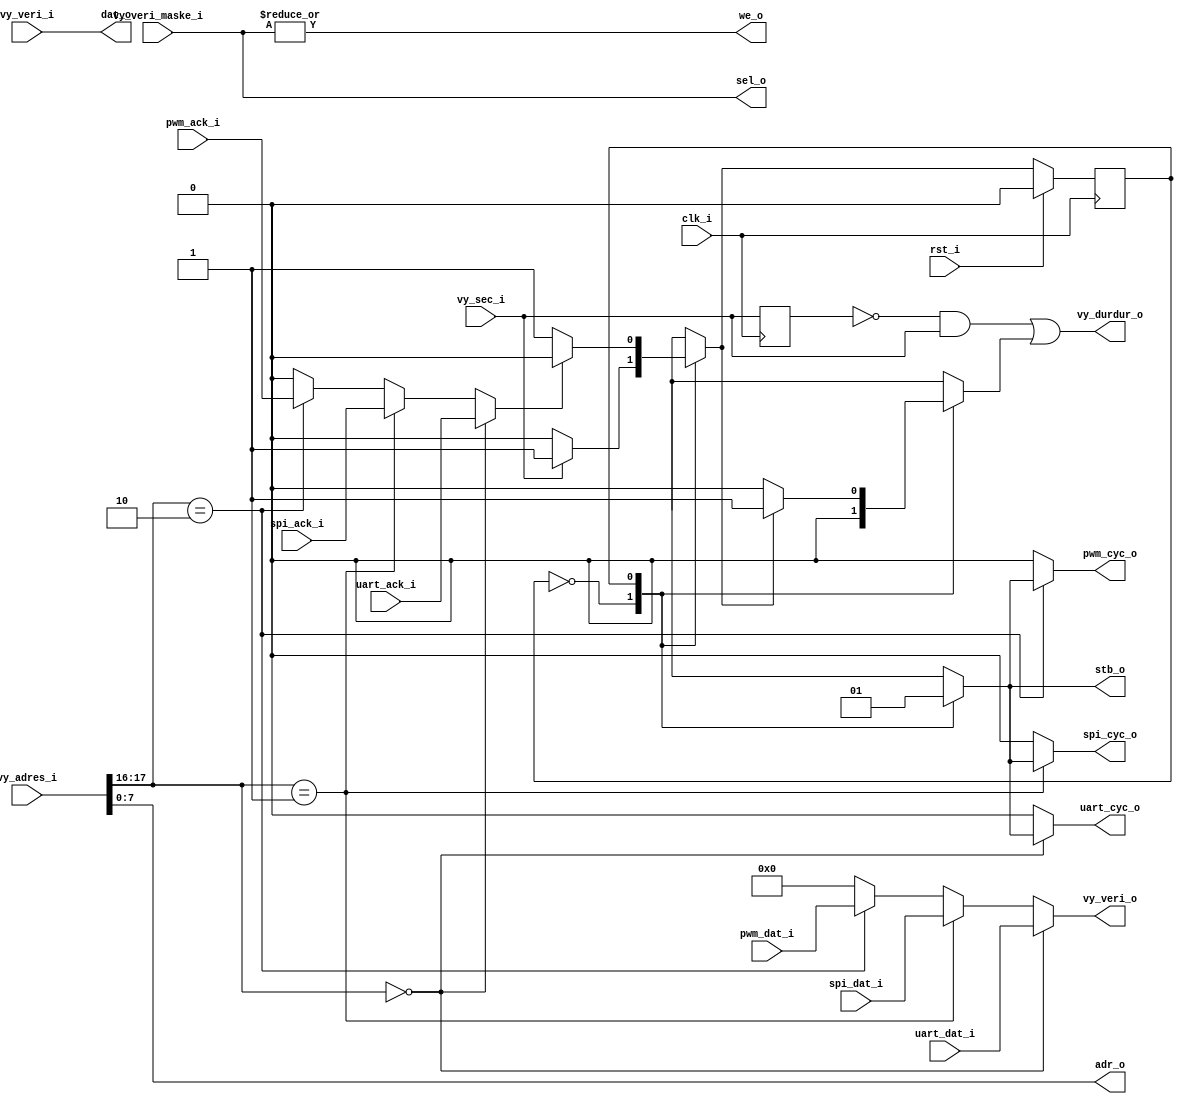
module wishbone_master(
   input [0:0] clk_i,
   input [0:0] rst_i,
   
   //veriyolu <-> wb interface
   input  [31:0] vy_adres_i,
   input  [31:0] vy_veri_i,
   input  [ 3:0] vy_veri_maske_i,
   input         vy_sec_i,
   output [31:0] vy_veri_o,
   output        vy_durdur_o,
   
   //wb master <-> wb slave interface
   output wire [ 7:0] adr_o ,
   output wire [31:0] dat_o ,
   output wire [0:0]  we_o  ,
   output reg  [0:0]  stb_o ,
   output wire [3:0]  sel_o , // byte select/mask
   // UART
   output     [0:0]  uart_cyc_o ,
   input      [0:0]  uart_ack_i ,
   input      [31:0] uart_dat_i ,
   // SPI
   output     [0:0]  spi_cyc_o ,
   input      [0:0]  spi_ack_i ,
   input      [31:0] spi_dat_i ,
   // PWM
   output     [0:0]  pwm_cyc_o ,
   input      [0:0]  pwm_ack_i ,
   input      [31:0] pwm_dat_i
);
   // ADRESLERE gore sinyallerin muxlanmasi
   reg  cyc;
   
   wire ack = (vy_adres_i[17:16] == 2'b00) ? uart_ack_i :
              (vy_adres_i[17:16] == 2'b01) ? spi_ack_i  :
              (vy_adres_i[17:16] == 2'b10) ? pwm_ack_i  :
                                             1'b0;
   
   assign vy_veri_o = (vy_adres_i[17:16] == 2'b00) ? uart_dat_i :
                      (vy_adres_i[17:16] == 2'b01) ? spi_dat_i  :
                      (vy_adres_i[17:16] == 2'b10) ? pwm_dat_i  :
                                                     32'b0;
   
   assign adr_o = vy_adres_i[7:0];
   assign dat_o = vy_veri_i;
   assign we_o  = |(vy_veri_maske_i);
   assign sel_o = vy_veri_maske_i;
   
   assign pwm_cyc_o  = (vy_adres_i[17:16] == 2'b10) ? cyc : 1'b0;
   assign spi_cyc_o  = (vy_adres_i[17:16] == 2'b01) ? cyc : 1'b0;
   assign uart_cyc_o = (vy_adres_i[17:16] == 2'b00) ? cyc : 1'b0;
   
   reg sec_r;
   reg durdur_r;
   assign vy_durdur_o = (~sec_r&vy_sec_i) | durdur_r;
   
   reg state;
   reg next;
   localparam  IDLE = 1'b0,
               BUS  = 1'b1;
   
   
   always @(posedge clk_i) begin
      if(rst_i) state <= IDLE;
      else      state <= next;
      
      sec_r <= vy_sec_i;
   end
   
   always @(*) begin
      case(state)
         IDLE: if(vy_sec_i) next = BUS;
               else         next = IDLE;
         BUS:  if(ack)      next = IDLE;
               else         next = BUS;
         default: next = IDLE;
      endcase
   end
   
   always @(*) begin
      case(state)
         IDLE: begin // Kimseyle konusma
            stb_o    = 1'b0;
            cyc      = 1'b0;
            durdur_r = 1'b0;
         end
         BUS: begin // Istek geldiyse bus moduna gec
            stb_o    = 1'b1;
            cyc      = 1'b1;
            durdur_r = (next==IDLE) ? 1'b0 : 1'b1;
         end
      endcase
   end
endmodule